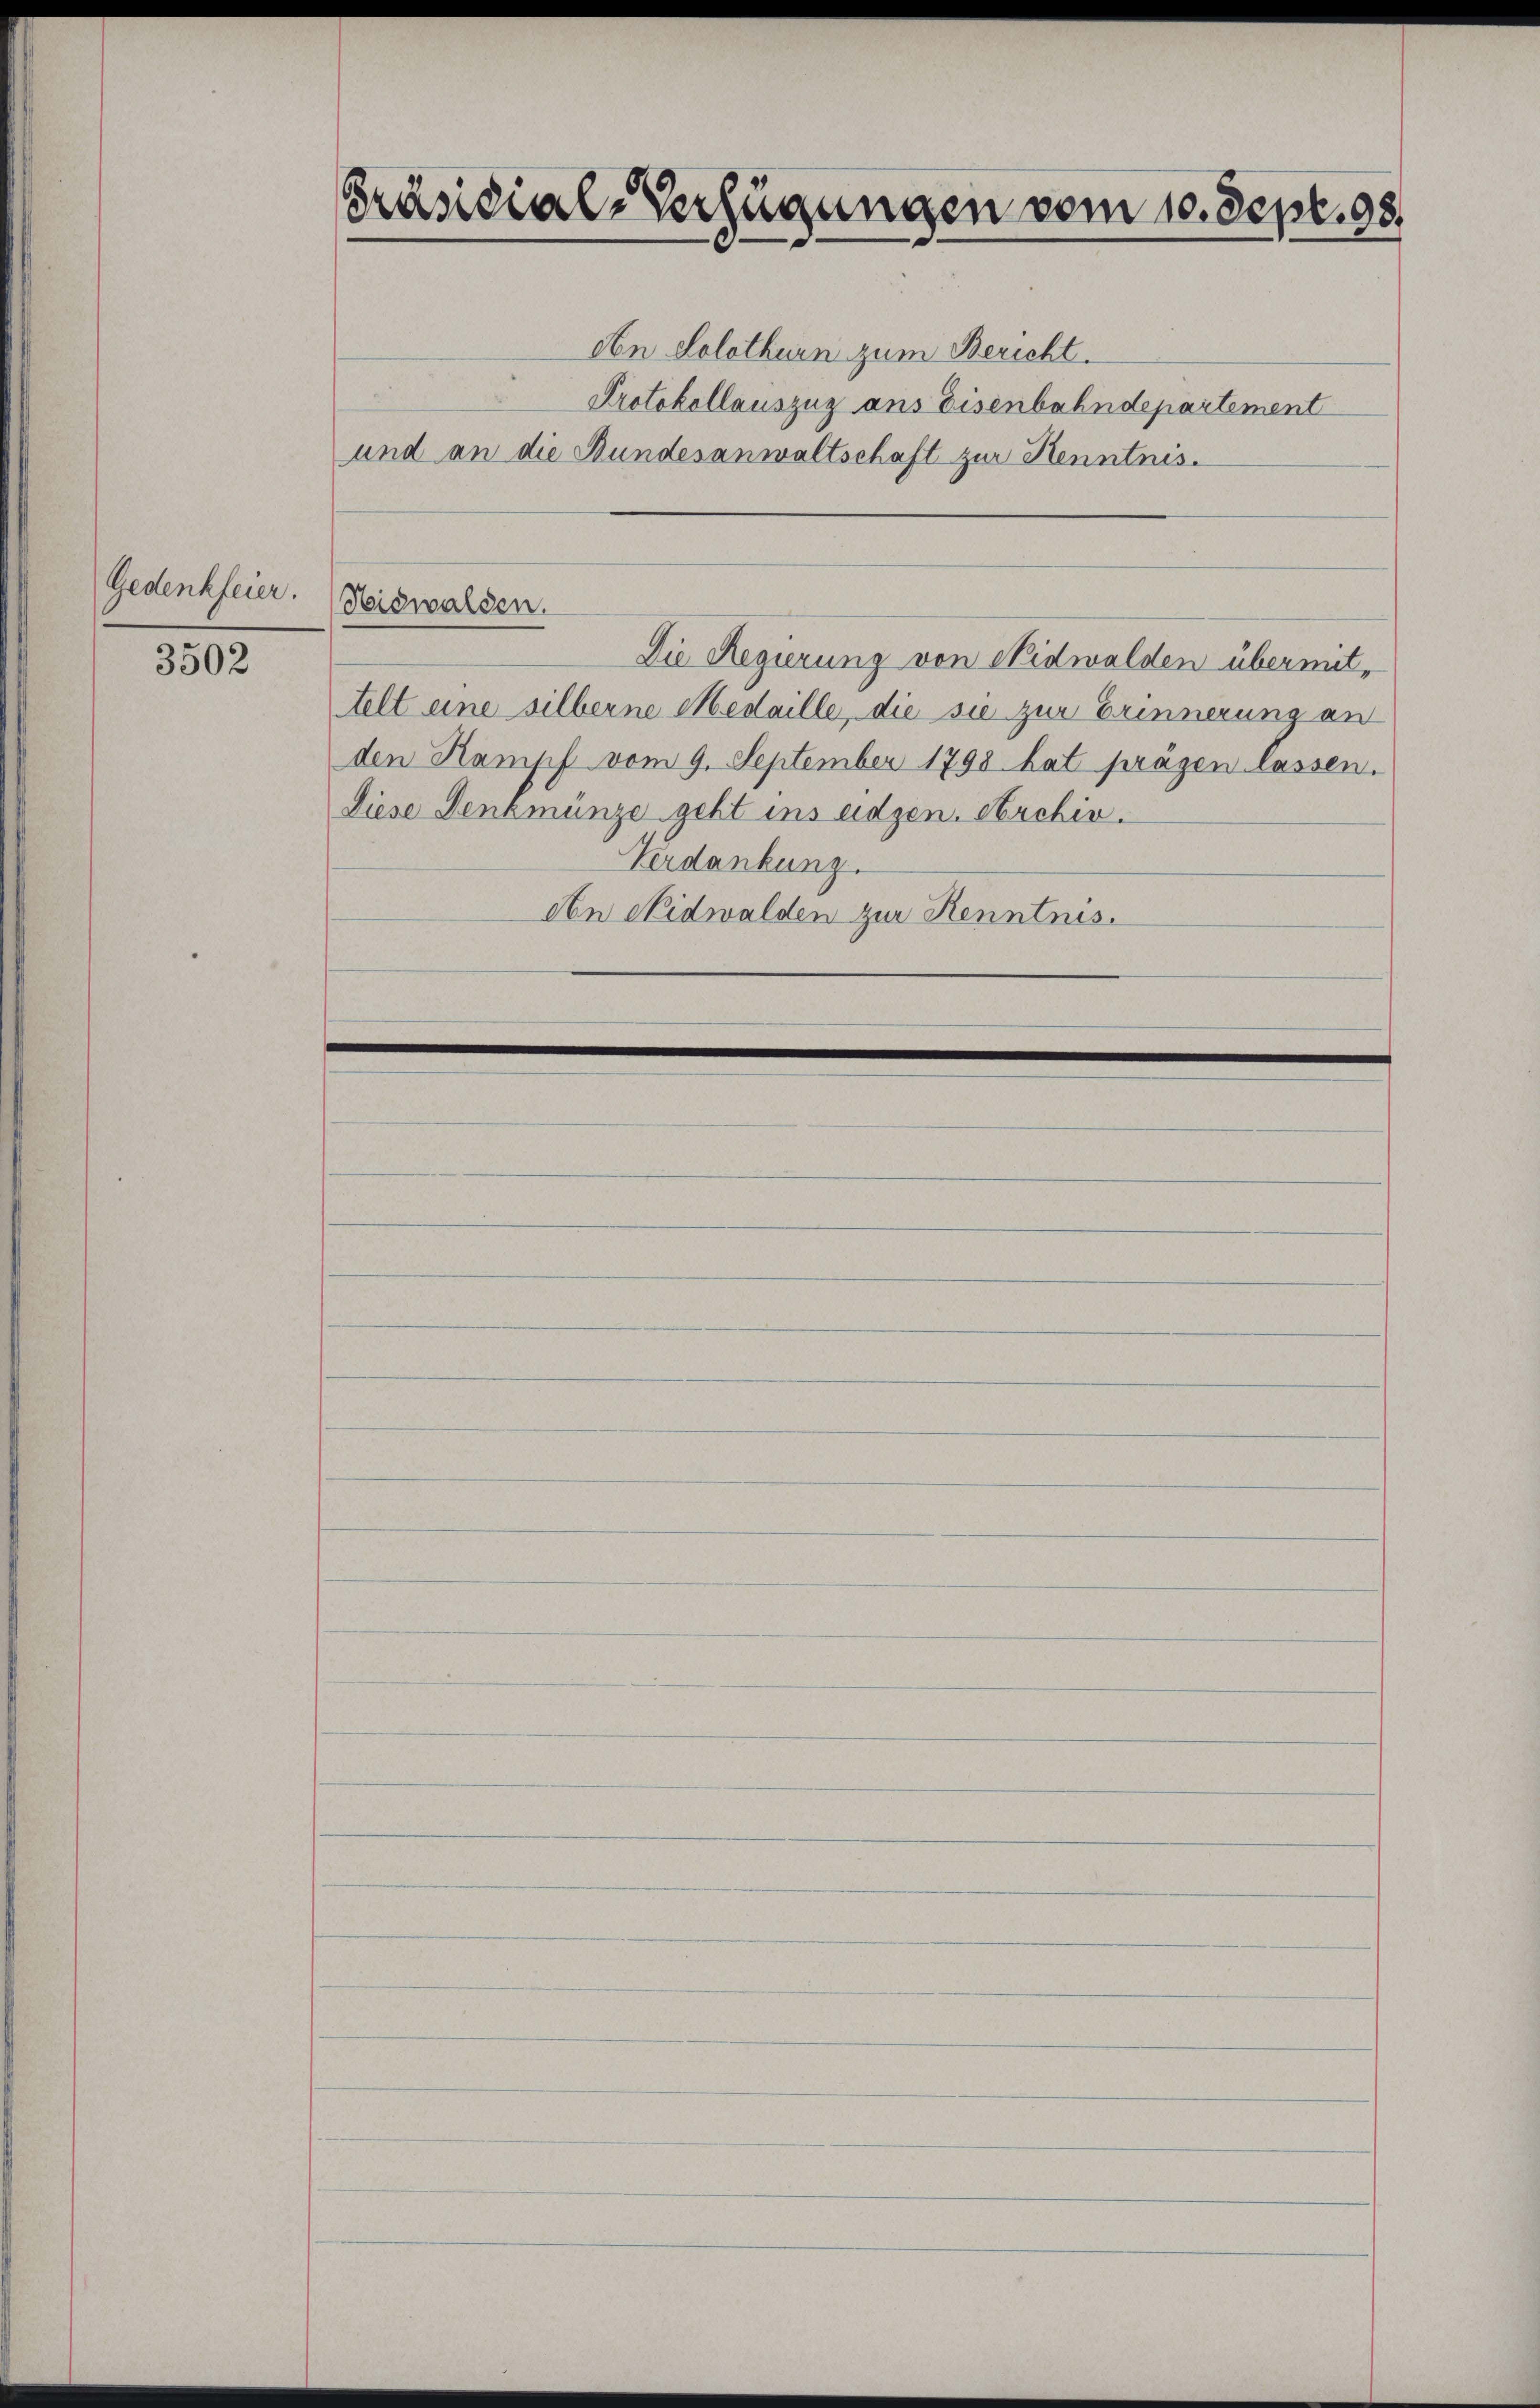
Gedenkfeier.

3502

Präsidial-Verfügungen vom 10. Sept. 98.

Nidwalden.

An Solothurn zum Bericht.
Protokollauszuz aus Eisenbahndepartement
und an die Bundesanwaltschaft zur Kenntnis¬
Die Regierung von Nidwalden übermit,
telt eine silberne Medaille, die sie zur Erinnerung an
den Kampf vom 9. September 1798 hat präsen lassen.
Diese Fenzmünze geht ins eidgen. Archiv.
Verdankung.
Aen Nidwalden zur Kenntnis.